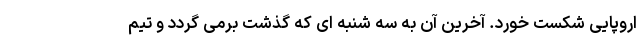
اروپایی شکست خورد. آخرین آن به سه شنبه ای که گذشت برمی گردد و تیم